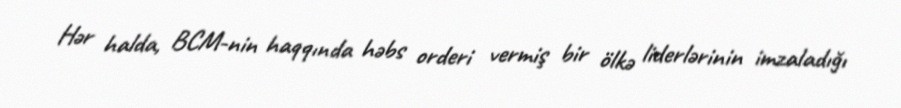
Hər halda, BCM-nin haqqında həbs orderi vermiş bir ölkə liderlərinin imzaladığı